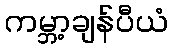
ကမ္ဘာ့ချန်ပီယံ